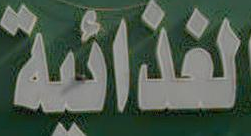
الغذائية